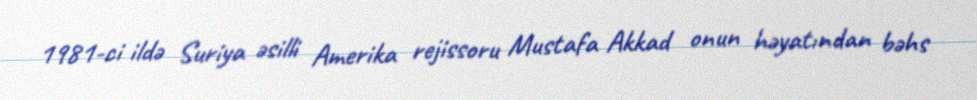
1981-ci ildə Suriya əsilli Amerika rejissoru Mustafa Akkad onun həyatından bəhs